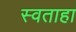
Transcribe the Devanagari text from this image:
स्वताहा